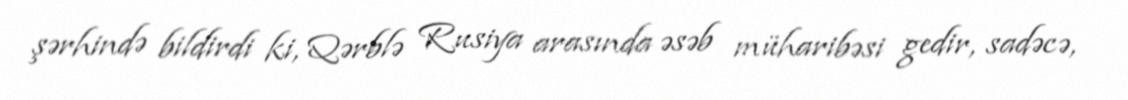
şərhində bildirdi ki, Qərblə Rusiya arasında əsəb müharibəsi gedir, sadəcə,